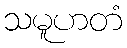
သမူဟတံ